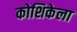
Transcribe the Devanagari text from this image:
कोशिकेला